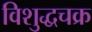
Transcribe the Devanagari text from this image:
विशुद्धचक्र